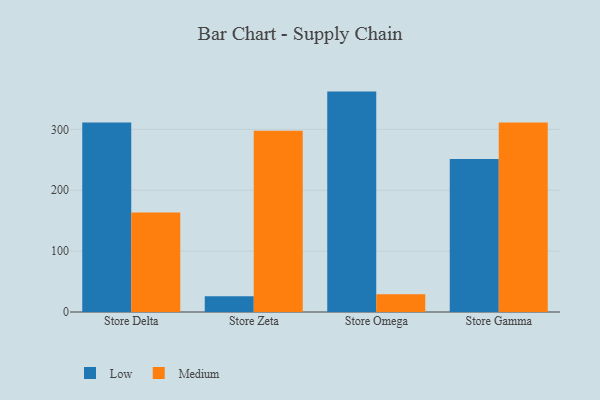
{"axis": {"x": "Store", "y": "Population (Million)"}, "legend": ["Low", "Medium"], "data": [{"x": "Store Delta", "y": 311.2, "type": "Low"}, {"x": "Store Delta", "y": 163.6, "type": "Medium"}, {"x": "Store Zeta", "y": 25.9, "type": "Low"}, {"x": "Store Zeta", "y": 297.6, "type": "Medium"}, {"x": "Store Omega", "y": 362.0, "type": "Low"}, {"x": "Store Omega", "y": 29.1, "type": "Medium"}, {"x": "Store Gamma", "y": 251.4, "type": "Low"}, {"x": "Store Gamma", "y": 311.1, "type": "Medium"}]}